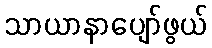
သာယာနာပျော်ဖွယ်